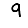
Digit: 9